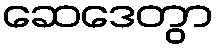
ဆေဒေတွာ